[Report on the health of British troops in the Madras command]
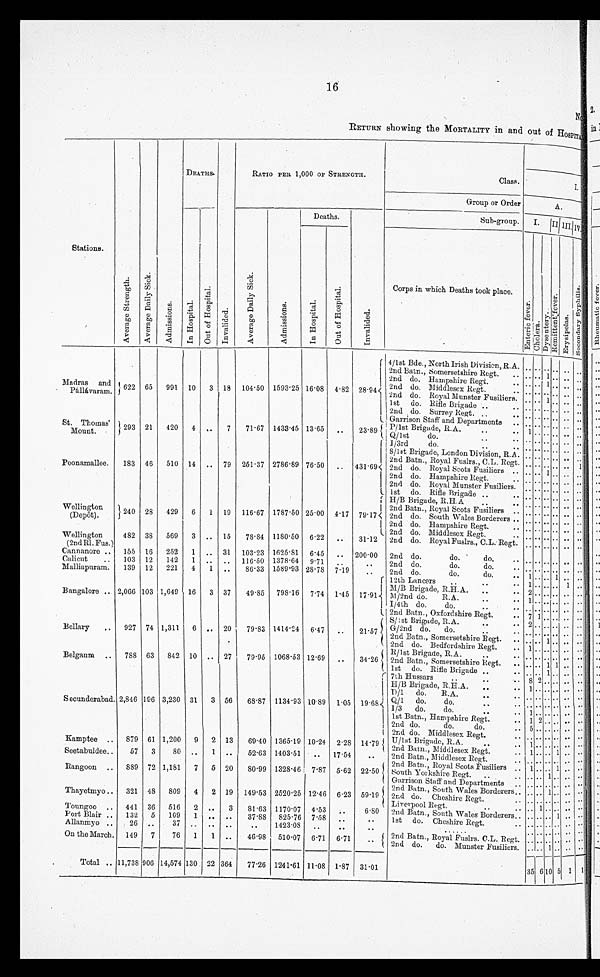
1 6
RETURN showing the MORTALITY in and out of HOSPITAL
Stations.
A v e r a g e S t r e n g t h .
A v e r a g e D a i l y s i c k .
A d m i s s i o n s .
DEATHS.
I n v a l i d e d .
RATIO PER. 1,000 OF STRENGTH.
Class.
Group or Order
A.
I n H o s p i t a l .
O u t o f H o s p i t a l .
A v e r a g e D a i l y S i c k .
A d m i s s i o n s .
Deaths.
I n v a l i d e d .
Sub-group.
I .
II.
III.
IV
I n H o s p i t a l .
O u t o f H o s p i t a l .
Corps in which Deaths took place.
E n t e r i c f e v e r .
C h o l e r a .
Dysent ery.
R e m i t t e n t f e v e r .
E r y s i p o l a s
• S c o n d a r y S y p h i l i s
Madras and pal l avar am.
6 2 2
65
991 10
3 18 104.50 1593.25 16.08 4.82
2 8 . 9 4 4/1st Bde., North Irish Division, R.A. . .
. .
..
..
. .
. .
2nd Batn., Somersetshire Regt.
. . . . . . 1 ..
. . ..
2nd do. Hampshire Regt.
. . . . . .
.. ..
. . ..
2nd do. Middlesex Regt.
. . . . . .
.. ..
. . ..
2nd do. Royal Munster Fusiliers.
. . . .
1
..
. . ..
1st
do. Rifle Brigade . .
. .
. . . .
.. ..
. . ..
2nd do. Surrey Regt.
. .
. . . . .. .. ..
. . ..
Garrison Staff and Departments
. . . . . . .. ..
. . ..
St. Thomas'
Mount.
293 21
420
4
. . 7
71.67 1433.45 13.65
. .
23.89
P/lst Brigade, .R.A.
. .
. . 1 . . .. ..
. . . .
Q/1st
do.
..
. . . . . .
.. ..
. . ..
I/3rd
do.
..
..
. . . . .. ..
. . ..
8/1st Brigade, London Division, R.A. .. ..
.. .. .. ..
2nd Batn., Royal Fuslrs., C.L. Regt. . . . .
.. ..
. . ..
Poonamallee.
183 46
510 14 .. 79 251.37 2786.89 76.50 .. 431.69 2nd do. Royal Scots Fusiliers .. .. .. 1
..
. . ..
2nd do. Hampshire Regt.
. . . . . . ..
..
. . ..
2nd do. Royal Munster Fusiliers. .. . .
.. ..
. . ..
1st do. Rifle Brigade . .
. . . . . .
.. ..
. . ..
H/B Brigade, R.H.A
..
. .
. . . .
.. .. . . ..
Wellingtôn
(Depôt).
240 28
429
6
1 19 116.67 1787.50 25.00 4.17 79.17
2nd Batn., Royal Scots Fusiliers
. . . . . .
.. ..
. . ..
2nd do. South Wales Borderers . .
. .
..
.... . . ..
2nd do. Hampshire Regt.
. . . . . . .. . . . . ..
2nd do. Middlesex Regt.
. . . .
.. ..
.. .. ..
Wellington
(2ndRI.Fus.)
482 38
569
3
. . 15
78.84 1180.50 6.22
. .
31.12
2nd do. Royal Fuslrs., C.L. Regt. . . . . .. . .
. .
..
Cannanore ..
155 16
252
1 .. 31 103.23 1625.81 6.45
..
200.00
2nd do.
do.
..
. . . . . .
.. ..
. . ..
Calicut
..
103
1 2
142
1 .. .. 116.50 1378.64 9.71
..
..
2nd do.
do.
do.
. . . . . .
.. ..
. . ..
Malliapuram.
139
1 2
221
4
1
..
86.33 1589.93 28.78 7.19
..
2nd do.
do.
do.
.. 1 .. .. 1
. . ..
12th Lancers
. .
. .
. . 1 . .
.. ..
1 ..
M/B Brigade, R.H.A.
. .
. . 2 . .
.. ..
. . ..
Bangalore
2,066 103 1,649 16
3
37
49.85
798.16 7.74 1.45 17.91
M/2nd do.
R.A.
. .
. . 1 . .
.. ..
. . ..
I/4th do.
do.
. .
. . . .
.. .. .. . . ..
2nd Batn., Oxfordshire Regt.
. . 7 1 .. .. . .
. .
S/ 1s t B r i g a d e ,
R . A
. .
. . 2
. .
.. .. .. ..
Bellary..
927 7 4
1,311
6 .. 20
79.83 1414.24 6.. 47
..
21.57
G / 2 n d
d o .
d o .
..
. . . .
. .
.. ..
. .
..
2nd Batn., Somersetshire Regt.
..
. . . .
1 ..
. .
..
•
2nd do. Bedfordshire Regt. . .
1
. .
.. ..
. .
..
R/1st Brigade, R.A.
. .
. . . . . .
.. ..
. .
..
Belgaum..
788
63
842 10 .. 27
79'95 1068.53 12.69
..
34.26
2nd Batn., Somersetshire Regt.
. . . . . .
1 1
. .
..
1st do. Rifle Brigade . .
. . . . . .
1 ..
. .
..
7th Hussars
. .
. .
. . 8
2 .. ..
. .
..
H/B Brigade, R.H.A.
. .
. . 1
. .
.. ..
. .
..
D/1 do.
R.A.
. .
. . . . . .
.. ..
. .
..
Secunderabad. 2,846 196 3,230 31
3 56 68.87 1134.93 10.89 1.05 19.68 Q/1 do. d o .
. .
. . . . . . .. .. . .
. .
I/3
do.
do.
. .
. . 1 . .
.. ..
. .
..
1st Batn., Hampshire Regt.
. . 1 2 .. ..
. .
..
2nd do.
do.
do.
. . 5 . .
.. ..
. .
..
2nd. do. Middlesex Regt.
. . . . . .
.. .. . . ..
Kamptee..
879 61 1,200
9
2 13 69.40 1365.19 10.24 2. 28
14.79
U / 1 s t
Brigade, R.A. ..
. . 1 . .
.. ..
. . ..
2nd Batn.,
Middlesex Rest.
. . 1 . .
.. 1
. . ..
Seetabuldee..
57
3
80 ..
1 ..
52.63 1403.51
..
17.54
..
2nd Batn., Middlesex Regt.
. . 1 . .
.. 1 .. ..
2nd Batn., Royal Scots Fusiliers
..
1 . .
.. 1 . . ..
Rangoon..
889 72 1,181
7
5 20
80.99 1328.46 7.87 5.62 22.50
South Yorkshire Regt.
. . . . . .
1 ..
. . ..
Garrison Staff and Departments
. . . . .. .. . . ..
2nd Batn., South Wales Borderers
..
..
. .
1
. . .. ..
Thayetmyo..
321 48
809
4
2 19 149.53 2520.25 12.46 6.23 59.19 2nd do. Cheshire Regt.
. . . .
. . .. .. . . ..
Liverpool Rest.
..
. . . . 1 .. ..
. . ..
Toungoo. .
441 36
516
2 . .
3 81.63 1170.07 4.53 ..
6.80
2nd Batn., South Wales Borderers.. . . . . .. 1 . . ..
Port Blair..
132
5
109
1 .. ..
37.88
825.76 7.58
..
..
1st do. Cheshire Rcgt.
. . . . . . .. .. . . . .
Allanmyo..
26 ..
37 .. ..
..
..
142308
..
..
..
......
. . . . . .
.. ..
. .
..
On the March. 149
7
76
1 1
..
46.98
510.07 6.71 6.71
..
2nd Batn., Royal Fuslrs. C.L. Regt. . . .. .. . . ..
2 n d
d o .
d o . M u n s t e r F u s i l i e r s .
..
..
. . 1..
. . ..
Total.. 11,738 906 14,574 130 22 364 77.26 1241 . 61 11.08 1.87 31.01
35
6 10 5
1 1